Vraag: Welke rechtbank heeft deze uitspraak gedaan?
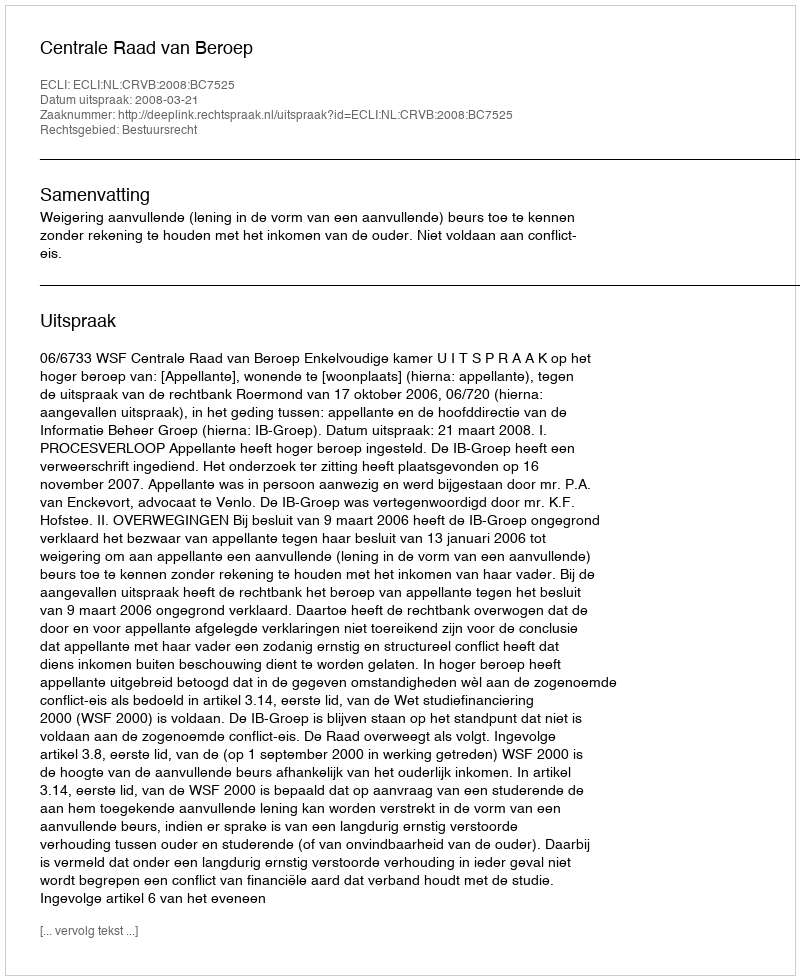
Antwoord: Centrale Raad van Beroep